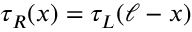
\tau _ { R } ( x ) = \tau _ { L } ( \ell - x )